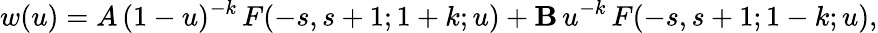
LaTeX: w(u)=A\, (1-u)^{-k}\, F(-s,s+1;1+k;u)+\mathbf{B}\, u^{-k}\, F(-s,s+1;1-k;u),